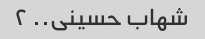
شهاب حسینی.. ۲